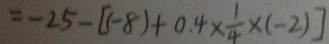
= - 2 5 - [ ( - 8 ) + 0 . 4 \times \frac { 1 } { 4 } \times ( - 2 ) ]